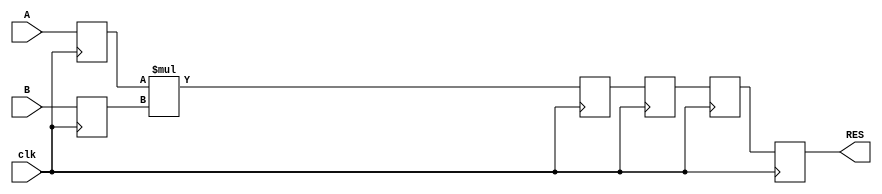
// Unsigned 16x24-bit Multiplier
// 1 latency stage on operands
// 3 latency stage after the multiplication
//
module mult_unsigned (clk, A, B, RES);
//Default parameters were changed because of slow test
//parameter WIDTHA = 16;
//parameter WIDTHB = 24;
parameter WIDTHA = 8;
parameter WIDTHB = 12;
input clk;
input [WIDTHA-1:0] A;
input [WIDTHB-1:0] B;
output [WIDTHA+WIDTHB-1:0] RES;

reg [WIDTHA-1:0] rA;
reg [WIDTHB-1:0] rB;
reg [WIDTHA+WIDTHB-1:0] M [3:0];

integer i;
always @(posedge clk)
 begin
  rA <= A;
  rB <= B;
  M[0] <= rA * rB;
  for (i = 0; i < 3; i = i+1)
    M[i+1] <= M[i];
 end

assign RES = M[3];

endmodule